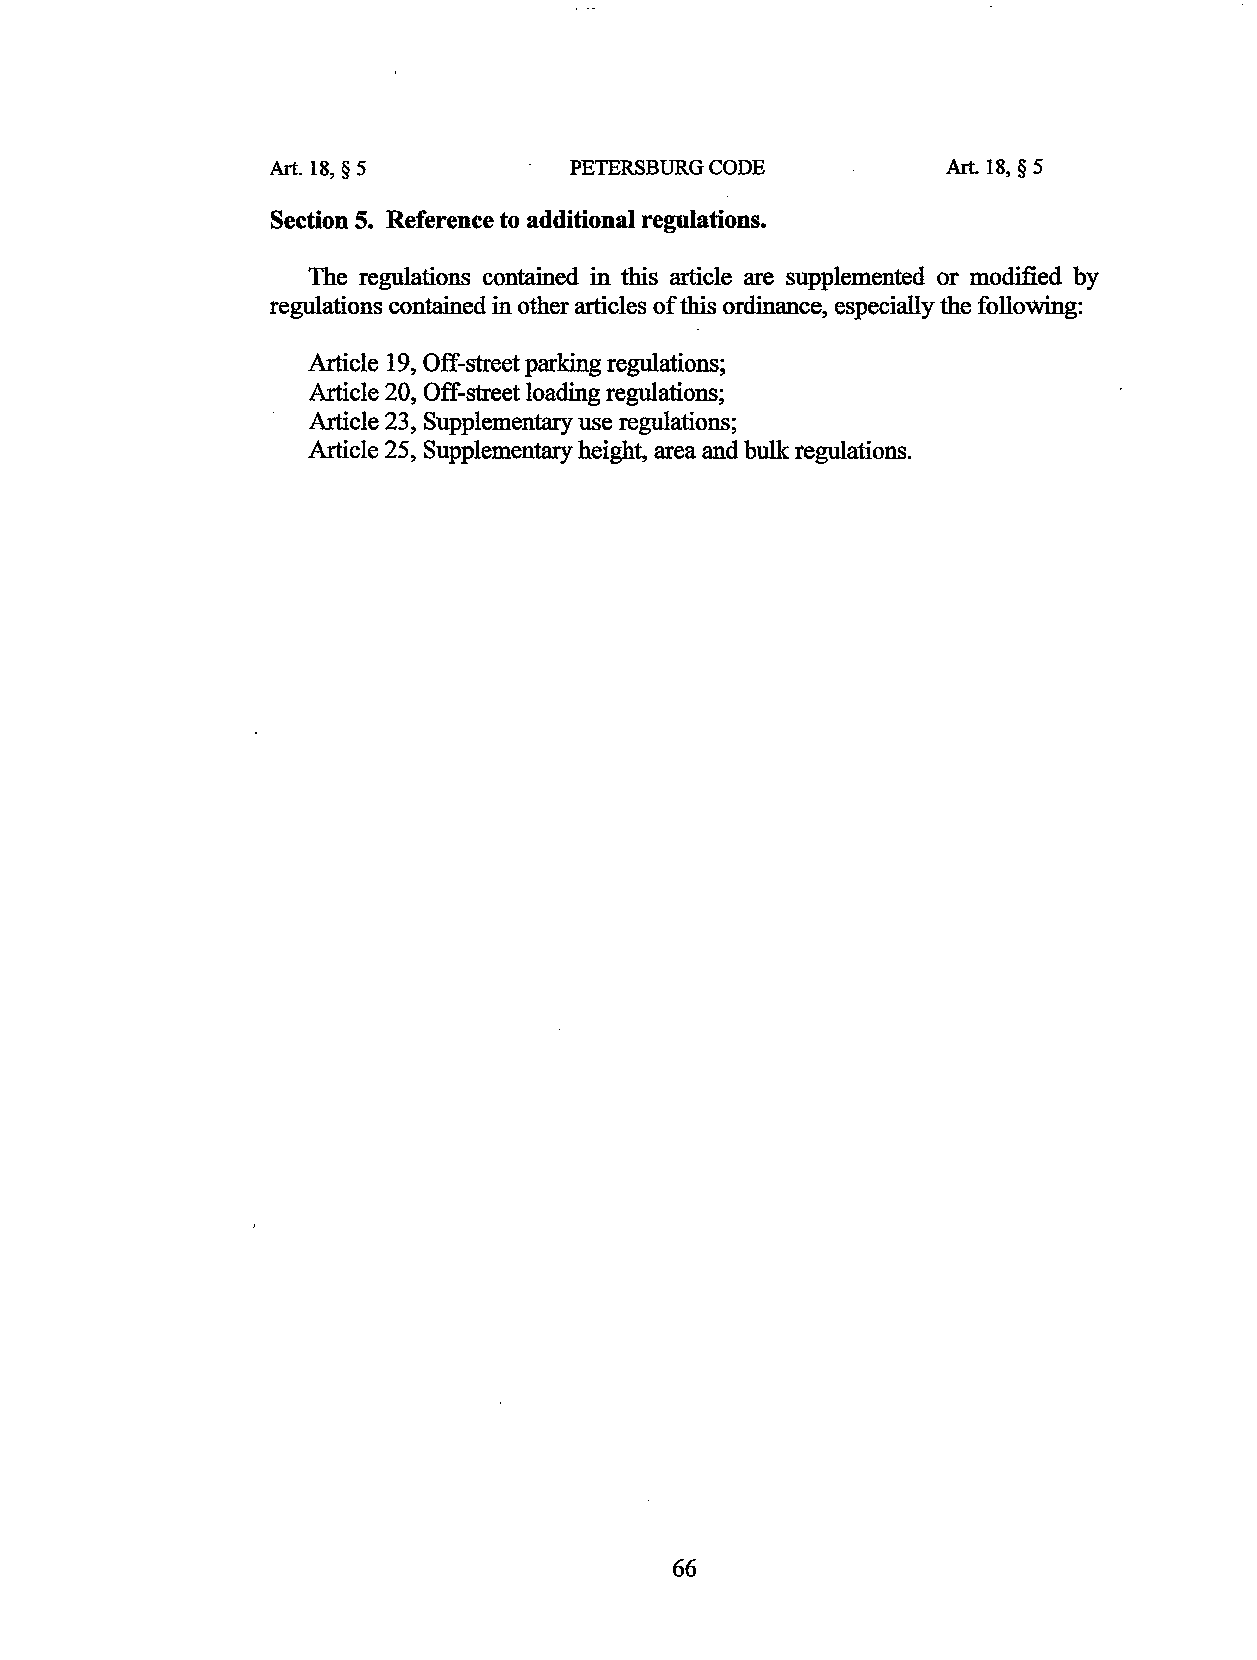
Art. 18, § 5        PETERSBURG CODE          Art. 18, § 5
 Section 5. Reference to additional regulations.
 The regulations contained in this article are supplemented or modified by
 regulations contained in other articles of this ordinance, especially the following:
 Article 19, Off-street parking regulations;
 Article 20, Off-street loading regulations;
 Article 23, Supplementary use regulations;
 Article 25, Supplementary height, area and bulk regulations.
 66